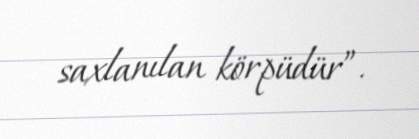
saxlanılan körpüdür”.